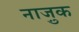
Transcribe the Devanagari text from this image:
नाजु़क